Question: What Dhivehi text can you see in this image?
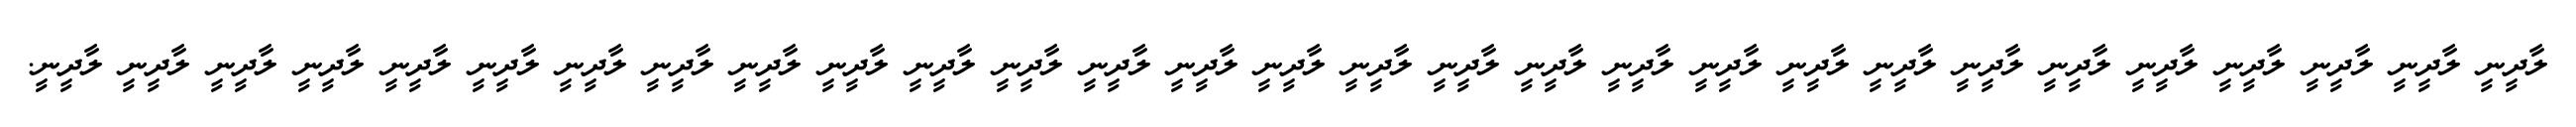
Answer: ލާދީނީ ލާދީނީ ލާދީނީ ލާދީނީ ލާދީނީ ލާދީނީ ލާދީނީ ލާދީނީ ލާދީނީ ލާދީނީ ލާދީނީ ލާދީނީ ލާދީނީ ލާދީނީ ލާދީނީ ލާދީނީ ލާދީނީ ލާދީނީ ލާދީނީ ލާދީނީ ލާދީނީ ލާދީނީ ލާދީނީ ލާދީނީ ލާދީނީ ލާދީނީ ލާދީނީ ލާދީނީ ލާދީނީ.